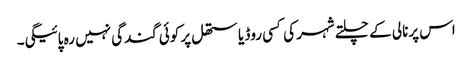
اس پرنالی کے چلتے شہر کی کسی روڈ یا ستھل پر کوئی گندگی نہیں رہ پائیگی۔